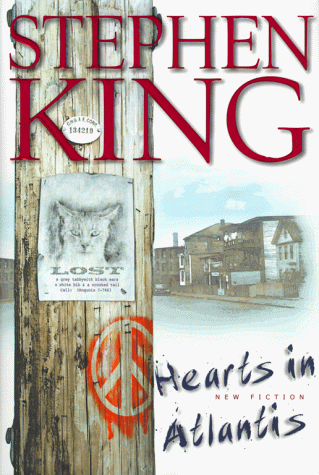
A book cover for Hearts In Atlantis; Stephen King; Literature & Fiction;